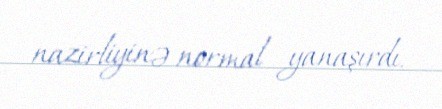
nazirliyinə normal yanaşırdı.